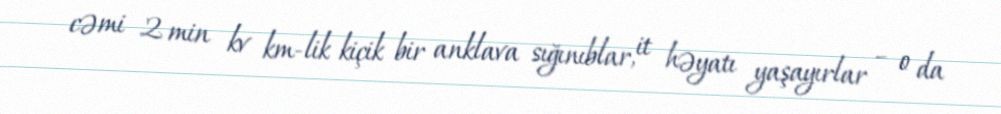
cəmi 2 min kv km-lik kiçik bir anklava sığınıblar, it həyatı yaşayırlar – o da